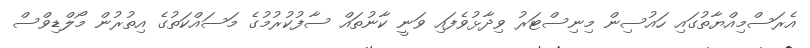
އެރަސްމިއްޔާތުގައި ހައުސިން މިނިސްޓަރު ވިދާޅުވެފައި ވަނީ ކާނުތައް ސާފުކުރުމުގެ މަސައްކަތުގެ އިތުރުން މޯލްޑިވްސް